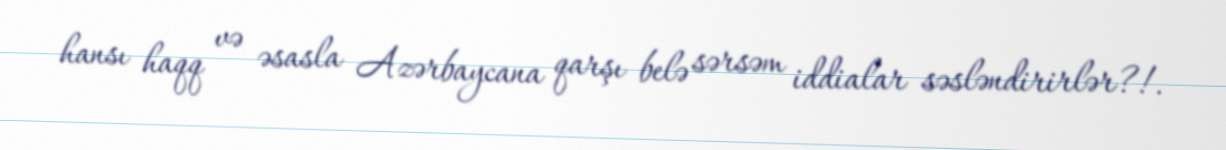
hansı haqq və əsasla Azərbaycana qarşı belə sərsəm iddialar səsləndirirlər?!.